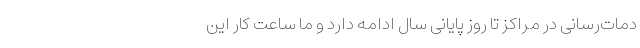
دمات‌رسانی در مراکز تا روز پایانی سال ادامه دارد و ما ساعت کار این